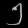
Digit: ၅